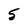
Character: 5